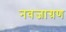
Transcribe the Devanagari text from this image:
नवजाग्रण